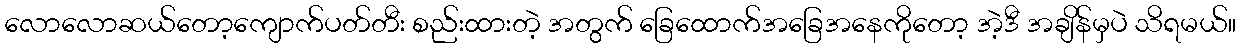
လောလောဆယ်တော့ကျောက်ပတ်တီး စည်းထားတဲ့ အတွက် ခြေထောက်အခြေအနေကိုတော့ အဲ့ဒီ အချိန်မှပဲ သိရမယ်။